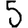
Digit: 5